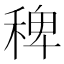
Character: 稗